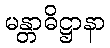
မန္တာဓိဋ္ဌာနာ